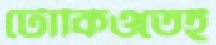
টোকিওতেই